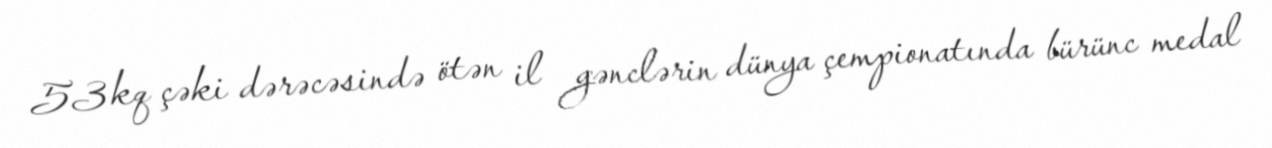
53 kq çəki dərəcəsində ötən il gənclərin dünya çempionatında bürünc medal